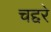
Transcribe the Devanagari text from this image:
चद्दरे